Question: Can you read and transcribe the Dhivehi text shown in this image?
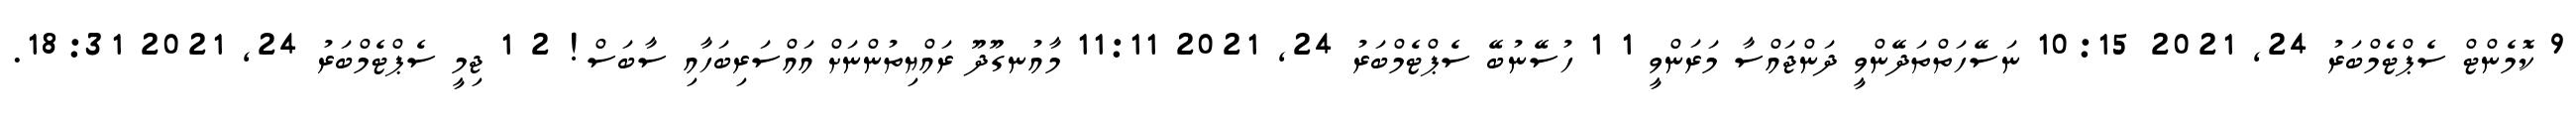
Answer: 9 ކޮމެންޓް ސެޕްޓެމްބަރު 24, 2021 10:15 ނަސޭހަތްތަދޭންވީ ދަންޖައްސާ މަރަންވީ 1 1 ހުސޭނުބޭ ސެޕްޓެމްބަރު 24, 2021 11:11 މާއުނގޫދޫ ރައްޔިތުންނަށް އައްސަރިބަހާއި ސާބަސް! 2 1 ޖިމީ ސެޕްޓެމްބަރު 24, 2021 18:31.